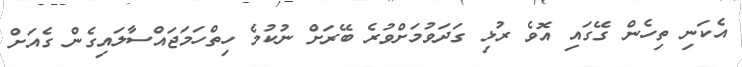
އެކަނި ތިހެން ގޭގައި އޮވެ ރުޅި ގަދަވުމަށްވުރެ ބޭރަށް ނުކުމެ ހިތްހަމަޖައްސާލައިގެން ގެއަށް